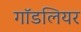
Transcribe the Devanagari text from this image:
गॉडलियर